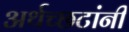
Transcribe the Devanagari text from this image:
अर्थच्‍छटांनी